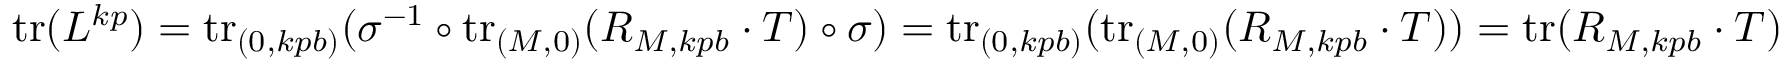
\ensuremath { \mathrm { t r } } ( L ^ { k p } ) = \ensuremath { \mathrm { t r } } _ { ( 0 , k p b ) } ( \sigma ^ { - 1 } \circ \ensuremath { \mathrm { t r } } _ { ( M , 0 ) } ( R _ { M , k p b } \cdot T ) \circ \sigma ) = \ensuremath { \mathrm { t r } } _ { ( 0 , k p b ) } ( \ensuremath { \mathrm { t r } } _ { ( M , 0 ) } ( R _ { M , k p b } \cdot T ) ) = \ensuremath { \mathrm { t r } } ( R _ { M , k p b } \cdot T )